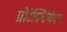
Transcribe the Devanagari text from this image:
प्रोटॅक्टिनियम